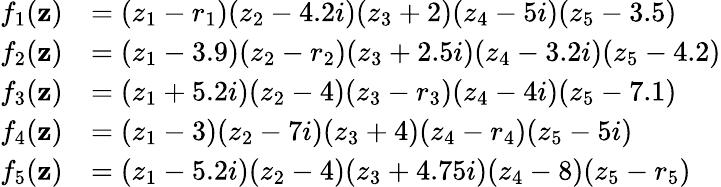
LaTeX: \begin{array}{rl}{f_{1}({\mathbf z})}&{=(z_{1}-r_{1})(z_{2}-4.2i)(z_{3}+2)(z_{4}-5i)(z_{5}-3.5)}\\ {f_{2}({\mathbf z})}&{=(z_{1}-3.9)(z_{2}-r_{2})(z_{3}+2.5i)(z_{4}-3.2i)(z_{5}-4.2)}\\ {f_{3}({\mathbf z})}&{=(z_{1}+5.2i)(z_{2}-4)(z_{3}-r_{3})(z_{4}-4i)(z_{5}-7.1)}\\ {f_{4}({\mathbf z})}&{=(z_{1}-3)(z_{2}-7i)(z_{3}+4)(z_{4}-r_{4})(z_{5}-5i)}\\ {f_{5}({\mathbf z})}&{=(z_{1}-5.2i)(z_{2}-4)(z_{3}+4.75i)(z_{4}-8)(z_{5}-r_{5})}\end{array}